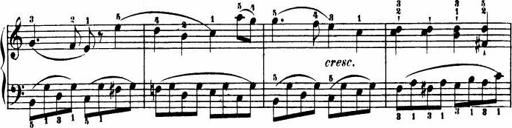
Title: Le bouquetier
Composer: Anton Diabelli
Key: G major
 C major
 F major
 C major